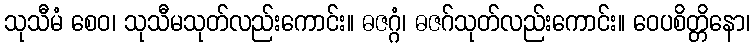
သုသီမံ စေဝ၊ သုသီမသုတ်လည်းကောင်း။ ဓဇဂ္ဂံ၊ ဓဇဂ်သုတ်လည်းကောင်း။ ဝေပစိတ္တိနော၊